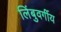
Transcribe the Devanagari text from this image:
लिंबुवर्गीय